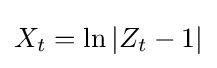
X_{t}=\ln |Z_{t}-1|